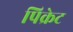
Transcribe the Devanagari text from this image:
पिक्रेट